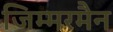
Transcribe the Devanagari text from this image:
जिम्मरमैन